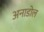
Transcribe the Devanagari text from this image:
अनाडोल